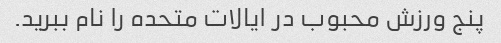
پنج ورزش محبوب در ایالات متحده را نام ببرید.